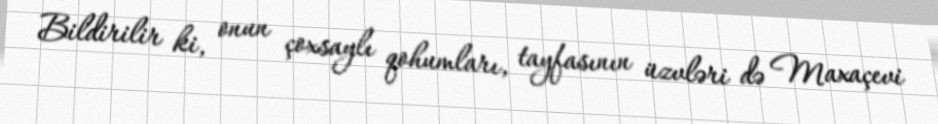
Bildirilir ki, onun çoxsaylı qohumları, tayfasının üzvləri də Maxaçevi